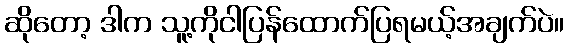
ဆိုတော့ ဒါက သူ့ကိုငါပြန်ထောက်ပြရမယ့်အချက်ပဲ။